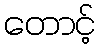
တောင့်